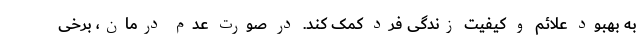
به بهبود علائم و کیفیت زندگی فرد کمک کند. در صورت عدم درمان، برخی